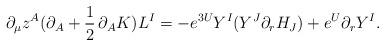
LaTeX: \begin{align*}\partial _{\mu }z^{A}(\partial _{A}+{\frac{1}{2}}\,\partial_{A}K)L^{I}=-e^{3U}Y^{I}({Y}^{J}\partial_r H_{J})+e^{U}\partial_r Y^{I}.\end{align*}